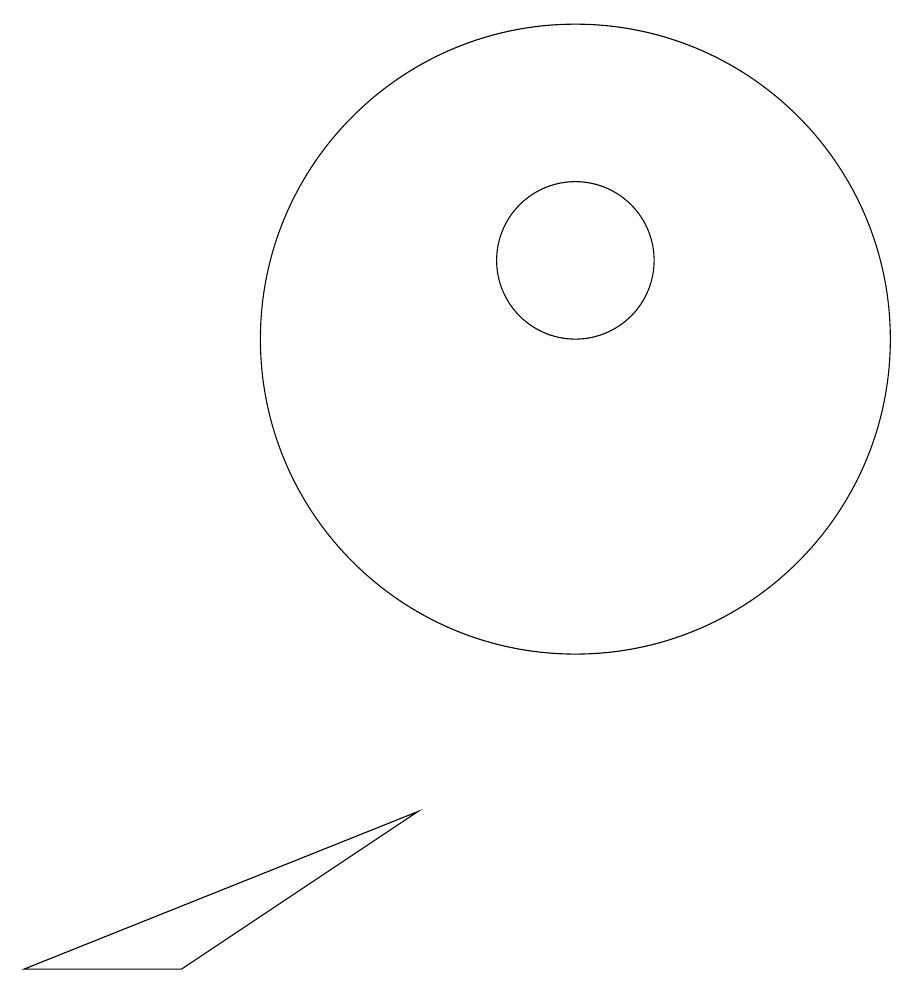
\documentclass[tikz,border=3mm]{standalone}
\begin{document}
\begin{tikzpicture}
\draw (11,12) circle (1);
\draw (9,5) -- (4,3) -- (6,3) -- cycle;
\draw (11,11) circle (4);
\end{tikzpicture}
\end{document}